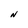
Character: N